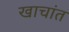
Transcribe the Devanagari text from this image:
खाचांत